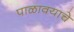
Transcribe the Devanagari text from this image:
पाळावयाचे